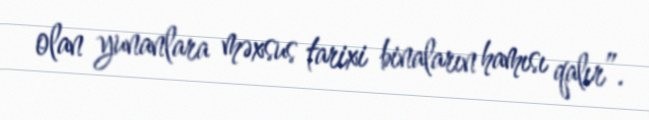
olan yunanlara məxsus tarixi binaların hamısı qalır”.